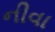
નીવા